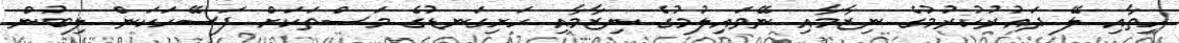
ހިތާއި ލޭ ދައުރުކުރުމުގެ ނިޒާމާއި ނޭވައިލުމުގެ ނިޒާމާއި ހަށިގަނޑުގެ މަސްތަކަށް ފަސޭހަކަން ލިބުން.